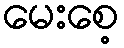
မေးစေ့